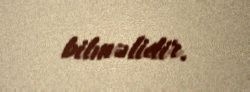
bilməlidir.